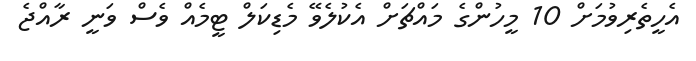
އެހީތެރިވުމަށް 10 މީހުންގެ މައްޗަށް އެކުލެވޭ މެޑިކަލް ޓީމެއް ވެސް ވަނީ ރާއްޖެ